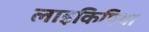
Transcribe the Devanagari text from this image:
लाइकिपिया